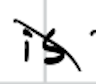
Text: is
Cross-out: diagonal
Writing tool: digital_black